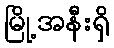
မြို့အနီးရှိ